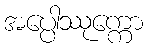
အပ္ပေါဿုက္ကော